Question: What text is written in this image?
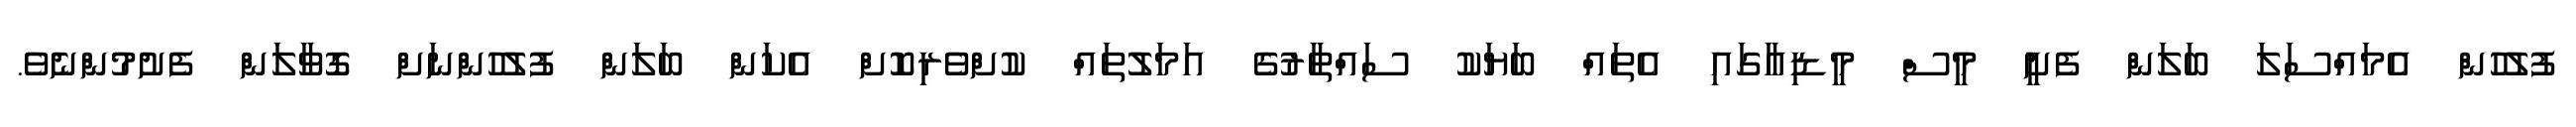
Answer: ފުލުހުން އެމައްސަލަ ބަލަން ފެށީ މީސް މީޑިއާގައި އެތައް ބަޔަކު ސައްތާރުގެ އަމަލުތައް ކުށްވެރިކޮށް އެކަން ބަލަން ފުލުހުންނަށް ގޮވާލަން ފެށުމުންނެވެ.